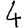
Digit: 4